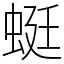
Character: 蜓